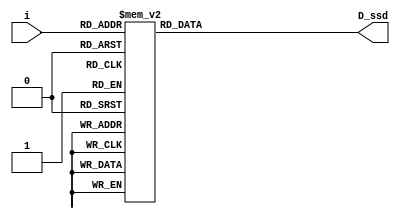
`timescale 1ns / 1ps
//////////////////////////////////////////////////////////////////////////////////
// Company: 
// Engineer: 
// 
// Design Name: 
// Module Name: display
// Project Name: 
// Target Devices: 
// Tool Versions: 
// Description: 
// 
// Dependencies: 
// 
// Revision:
// Revision 0.01 - File Created
// Additional Comments:
// 
//////////////////////////////////////////////////////////////////////////////////


// define segment codes
`define SS_0 8'b00000011
`define SS_1 8'b10011111
`define SS_2 8'b00100101
`define SS_3 8'b00001101
`define SS_4 8'b10011001
`define SS_5 8'b01001001
`define SS_6 8'b11000001
`define SS_7 8'b00011011
`define SS_8 8'b00000001
`define SS_9 8'b00011001
`define SS_F 8'b01110001
module display(
    input [3:0]i,
    output reg [7:0]D_ssd
    );
    always @* 
      begin
        
        case(i)
            4'd0: D_ssd = `SS_0;
            4'd1: D_ssd = `SS_1;
            4'd2: D_ssd = `SS_2;
            4'd3: D_ssd = `SS_3;
            4'd4: D_ssd = `SS_4;
            4'd5: D_ssd = `SS_5;
            4'd6: D_ssd = `SS_6;
            4'd7: D_ssd = `SS_7;
            4'd8: D_ssd = `SS_8;
            4'd9: D_ssd = `SS_9;
            default: D_ssd = `SS_F;
      
        endcase
      end
        
endmodule